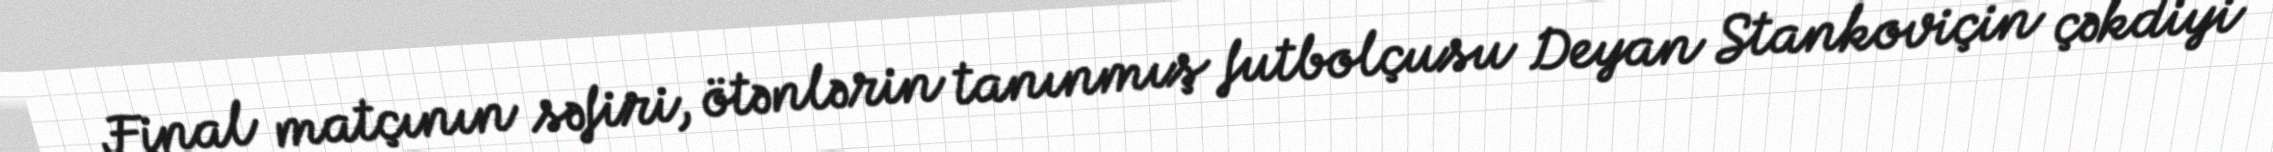
Final matçının səfiri, ötənlərin tanınmış futbolçusu Deyan Stankoviçin çəkdiyi